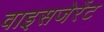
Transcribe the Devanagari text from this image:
वाइसजेरेंट